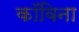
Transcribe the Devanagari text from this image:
कॉविना